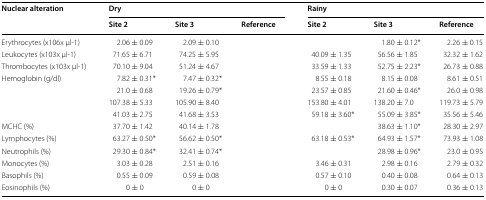
<table><thead><tr><td rowspan="2"><b>Nuclear alteration</b></td><td colspan="3"><b>Dry</b></td><td colspan="3"><b>Rainy</b></td></tr><tr><td><b>Site 2</b></td><td><b>Site 3</b></td><td><b>Reference</b></td><td><b>Site 2</b></td><td><b>Site 3</b></td><td><b>Reference</b></td></tr></thead><tbody><tr><td>Erythrocytes (x106x μl-1)</td><td>2.06 ± 0.09</td><td>2.09 ± 0.10</td><td>[EMPTY_CELL]</td><td>[EMPTY_CELL]</td><td>1.80 ± 0.12*</td><td>2.26 ± 0.15</td></tr><tr><td>Leukocytes (x103x μl-1)</td><td>71.65 ± 6.71</td><td>74.25 ± 5.95</td><td>[EMPTY_CELL]</td><td>40.09 ± 1.35</td><td>56.56 ± 1.85</td><td>32.32 ± 1.62</td></tr><tr><td>Thrombocytes (x103x μl-1)</td><td>70.10 ± 9.04</td><td>51.24 ± 4.67</td><td>[EMPTY_CELL]</td><td>33.59 ± 1.33</td><td>52.75 ± 2.23*</td><td>26.73 ± 0.88</td></tr><tr><td>Hemoglobin (g/dl)</td><td>7.82 ± 0.31*</td><td>7.47 ± 0.32*</td><td>[EMPTY_CELL]</td><td>8.55 ± 0.18</td><td>8.15 ± 0.08</td><td>8.61 ± 0.51</td></tr><tr><td>[EMPTY_CELL]</td><td>21.0 ± 0.68</td><td>19.26 ± 0.79*</td><td>[EMPTY_CELL]</td><td>23.57 ± 0.85</td><td>21.60 ± 0.46*</td><td>26.0 ± 0.98</td></tr><tr><td>[EMPTY_CELL]</td><td>107.38 ± 5.33</td><td>105.90 ± 8.40</td><td>[EMPTY_CELL]</td><td>153.80 ± 4.01</td><td>138.20 ± 7.0</td><td>119.73 ± 5.79</td></tr><tr><td>[EMPTY_CELL]</td><td>41.03 ± 2.75</td><td>41.68 ± 3.53</td><td>[EMPTY_CELL]</td><td>59.18 ± 3.60*</td><td>55.09 ± 3.85*</td><td>35.56 ± 5.46</td></tr><tr><td>MCHC (%)</td><td>37.70 ± 1.42</td><td>40.14 ± 1.78</td><td>[EMPTY_CELL]</td><td>[EMPTY_CELL]</td><td>38.63 ± 1.10*</td><td>28.30 ± 2.97</td></tr><tr><td>Lymphocytes (%)</td><td>63.27 ± 0.50*</td><td>56.62 ± 0.50*</td><td>[EMPTY_CELL]</td><td>63.18 ± 0.53*</td><td>64.93 ± 1.57*</td><td>73.93 ± 1.08</td></tr><tr><td>Neutrophils (%)</td><td>29.30 ± 0.84*</td><td>32.41 ± 0.74*</td><td>[EMPTY_CELL]</td><td>[EMPTY_CELL]</td><td>28.98 ± 0.96*</td><td>23.0 ± 0.95</td></tr><tr><td>Monocytes (%)</td><td>3.03 ± 0.28</td><td>2.51 ± 0.16</td><td>[EMPTY_CELL]</td><td>3.46 ± 0.31</td><td>2.98 ± 0.16</td><td>2.79 ± 0.32</td></tr><tr><td>Basophils (%)</td><td>0.55 ± 0.09</td><td>0.59 ± 0.08</td><td>[EMPTY_CELL]</td><td>0.57 ± 0.10</td><td>0.40 ± 0.08</td><td>0.64 ± 0.13</td></tr><tr><td>Eosinophils (%)</td><td>0 ± 0</td><td>0 ± 0</td><td>[EMPTY_CELL]</td><td>0 ± 0</td><td>0.30 ± 0.07</td><td>0.36 ± 0.13</td></tr></tbody></table>